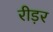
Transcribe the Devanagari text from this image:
रीड़र